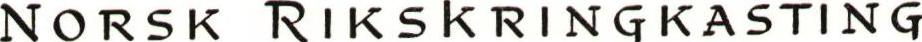
NORSK RIKSKRINGKASTING